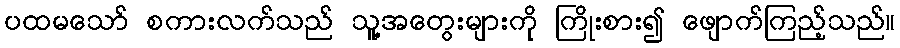
ပထမသော် စကားလက်သည် သူ့အတွေးများကို ကြိုးစား၍ ဖျောက်ကြည့်သည်။